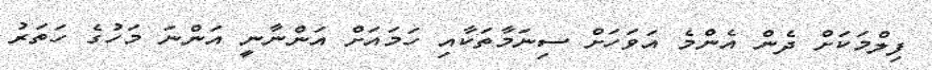
ފިލްމަކަށް ދެން އެންމެ އަވަހަށް ސިނަމާތަކާއި ހަމައަށް އަންނާނީ އަންނަ މަހުގެ ހަތަރު